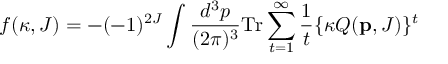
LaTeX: f ( \kappa , J ) = - ( - 1 ) ^ { 2 J } \int \frac { d ^ { 3 } p } { ( 2 \pi ) ^ { 3 } } \mathrm { T r } \sum _ { t = 1 } ^ { \infty } \frac { 1 } { t } \{ \kappa Q ( { \bf p } , J ) \} ^ { t }